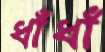
ধাঁধাঁ